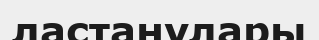
ластанулары